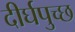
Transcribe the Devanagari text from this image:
दीर्घपुच्छ